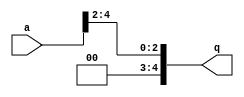
module shift_register(
  input [4:0] a,
  output reg[4:0] q);
  
  always @* begin
    q=a>>2;
  end
endmodule